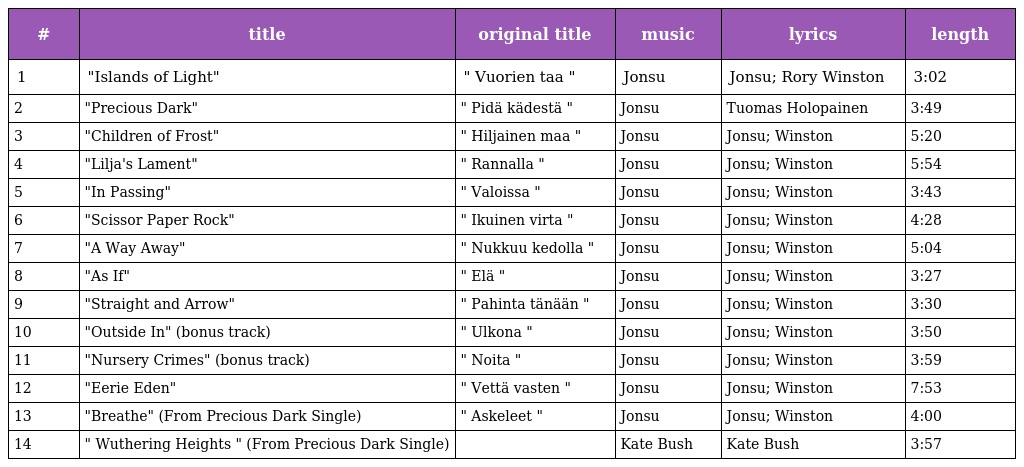
| # | title | original title | music | lyrics | length |
 | --- | --- | --- | --- | --- | --- |
 | 1 | "Islands of Light" | " Vuorien taa " | Jonsu | Jonsu; Rory Winston | 3:02 |
 | 2 | "Precious Dark" | " Pidä kädestä " | Jonsu | Tuomas Holopainen | 3:49 |
 | 3 | "Children of Frost" | " Hiljainen maa " | Jonsu | Jonsu; Winston | 5:20 |
 | 4 | "Lilja's Lament" | " Rannalla " | Jonsu | Jonsu; Winston | 5:54 |
 | 5 | "In Passing" | " Valoissa " | Jonsu | Jonsu; Winston | 3:43 |
 | 6 | "Scissor Paper Rock" | " Ikuinen virta " | Jonsu | Jonsu; Winston | 4:28 |
 | 7 | "A Way Away" | " Nukkuu kedolla " | Jonsu | Jonsu; Winston | 5:04 |
 | 8 | "As If" | " Elä " | Jonsu | Jonsu; Winston | 3:27 |
 | 9 | "Straight and Arrow" | " Pahinta tänään " | Jonsu | Jonsu; Winston | 3:30 |
 | 10 | "Outside In" (bonus track) | " Ulkona " | Jonsu | Jonsu; Winston | 3:50 |
 | 11 | "Nursery Crimes" (bonus track) | " Noita " | Jonsu | Jonsu; Winston | 3:59 |
 | 12 | "Eerie Eden" | " Vettä vasten " | Jonsu | Jonsu; Winston | 7:53 |
 | 13 | "Breathe" (From Precious Dark Single) | " Askeleet " | Jonsu | Jonsu; Winston | 4:00 |
 | 14 | " Wuthering Heights " (From Precious Dark Single) |  | Kate Bush | Kate Bush | 3:57 |